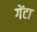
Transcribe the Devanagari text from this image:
गेंटा